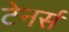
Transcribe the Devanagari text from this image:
टेनर्स